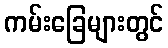
ကမ်းခြေများတွင်